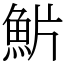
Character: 魸